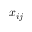
x _ { i j }